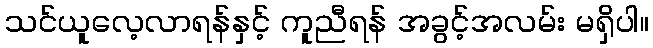
သင်ယူလေ့လာရန်နှင့် ကူညီရန် အခွင့်အလမ်း မရှိပါ။